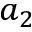
a _ { 2 }